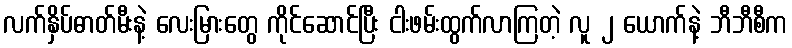
လက်နှိပ်ဓာတ်မီးနဲ့ လေးမြားတွေ ကိုင်ဆောင်ပြီး ငါးဖမ်းထွက်လာကြတဲ့ လူ ၂ ယောက်နဲ့ ဘီဘီစီက